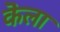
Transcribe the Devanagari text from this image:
कॆला